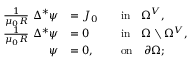
\begin{array} { r l r l } { \frac { 1 } { \mu _ { 0 } R } ~ \Delta ^ { * } \psi } & { = J _ { 0 } } & & { \mathrm { i n } \quad \Omega ^ { V } , } \\ { \frac { 1 } { \mu _ { 0 } R } ~ \Delta ^ { * } \psi } & { = 0 } & & { \mathrm { i n } \quad \Omega \setminus \Omega ^ { V } , } \\ { \psi } & { = 0 , } & & { \mathrm { o n } \quad \partial \Omega ; } \end{array}